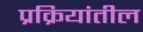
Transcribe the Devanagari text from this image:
प्रक्रियांतील